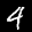
Label: 4